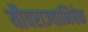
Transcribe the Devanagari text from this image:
यौवराज्याभिषेक